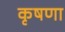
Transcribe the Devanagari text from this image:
कृषणा